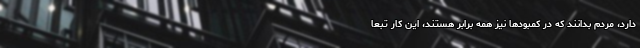
دارد، مردم بدانند که در کمبودها نیز همه برابر هستند، این کار تبعاً